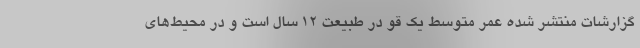
گزارشات منتشر شده عمر متوسط یک قو در طبیعت ۱۲ سال است و در محیط‌های